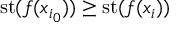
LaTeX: \mathrm { { s t } } ( f ( x _ { i _ { 0 } } ) ) \geq \mathrm { { s t } } ( f ( x _ { i } ) )